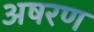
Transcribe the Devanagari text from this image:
अषरण